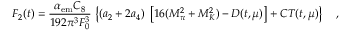
F _ { 2 } ( t ) = \frac { \alpha _ { \mathrm { e m } } C _ { 8 } } { 1 9 2 \pi ^ { 3 } F _ { 0 } ^ { 3 } } \, \left\{ ( a _ { 2 } + 2 a _ { 4 } ) \; \left[ 1 6 ( M _ { \pi } ^ { 2 } + M _ { K } ^ { 2 } ) - D ( t , \mu ) \right] + C T ( t , \mu ) \right\} ~ ~ ~ ,